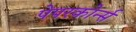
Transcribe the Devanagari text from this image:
पेपरकोर्न्स